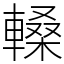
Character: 䡦